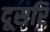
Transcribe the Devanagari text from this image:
दूसरि